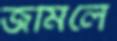
জমিলে